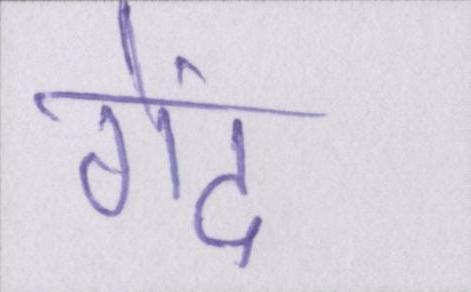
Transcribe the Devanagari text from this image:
गेंद